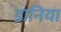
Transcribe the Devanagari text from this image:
डानिया